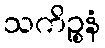
သကိဉ္စနံ